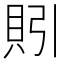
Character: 𰶻